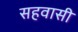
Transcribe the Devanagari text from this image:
सहवासी